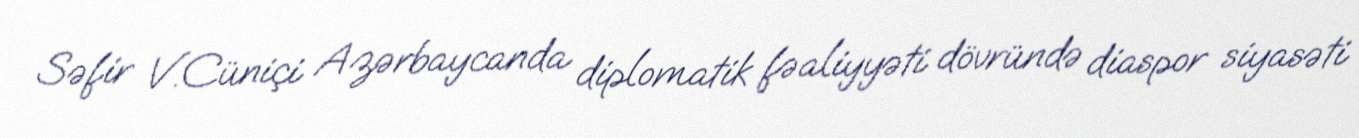
Səfir V.Cüniçi Azərbaycanda diplomatik fəaliyyəti dövründə diaspor siyasəti